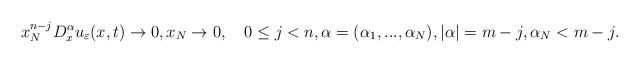
LaTeX: \begin{align*}x_{N}^{n-j}D_{x}^{\alpha}u_{\varepsilon}(x,t)\rightarrow0,x_{N}\rightarrow0,\quad0\leq j<n,\alpha=(\alpha_{1},...,\alpha_{N}),|\alpha|=m-j,\alpha_{N}<m-j. \end{align*}